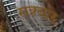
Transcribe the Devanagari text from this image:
सत्रवार